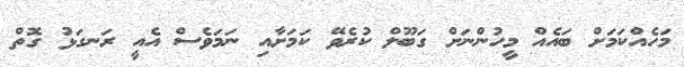
މަހެއްކަމަށް ބައެއް މީހުންނަށް ގަބޫލް ކުރެވޭ ކަމަށާއި ނަމަވެސް އެއީ ރަނގަޅު ގޮތް